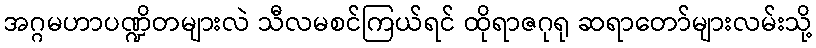
အဂ္ဂမဟာပဏ္ဍိတများလဲ သီလမစင်ကြယ်ရင် ထိုရာဇဂုရု ဆရာတော်များလမ်းသို့